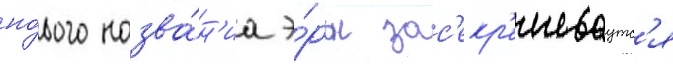
но́вого назва́н'иа э́ры зас'екр'ечиваутс'я